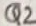
Text: Q2